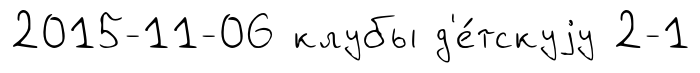
2015-11-06 клубы д'е́тскуjу 2-1